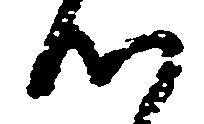
つ